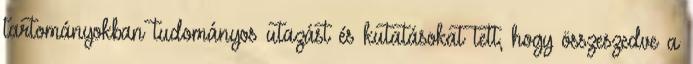
tartományokban tudományos utazást és kutatásokat tett, hogy összeszedve a